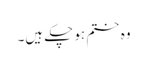
وہ ختم ہو چکے ہیں۔